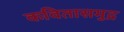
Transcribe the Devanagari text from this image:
कवितासमुद्र